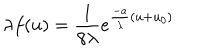
\lambda f ( u ) = \frac 1 { 8 \lambda } e ^ { \frac { - a } { \lambda } ( u + u _ { 0 } ) }